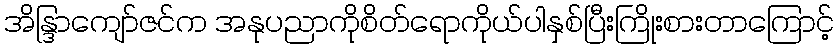
အိန္ဒြာကျော်ဇင်က အနုပညာကိုစိတ်ရောကိုယ်ပါနှစ်ပြီးကြိုးစားတာကြောင့်